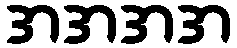
အအအအ